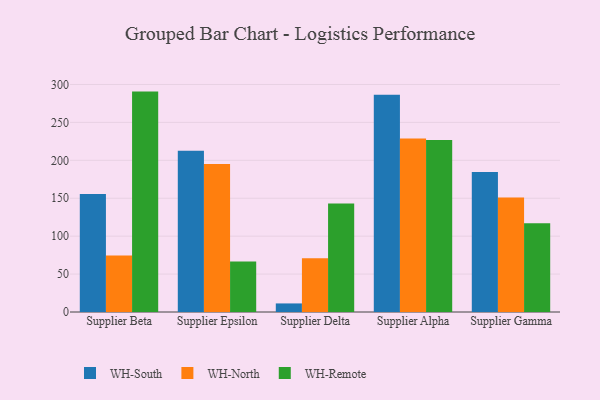
{"axis": {"x": "Supplier", "y": "Active Users"}, "legend": ["WH-North", "WH-Remote", "WH-South"], "data": [{"x": "Supplier Beta", "y": 155.6, "type": "WH-South"}, {"x": "Supplier Beta", "y": 74.5, "type": "WH-North"}, {"x": "Supplier Beta", "y": 290.6, "type": "WH-Remote"}, {"x": "Supplier Epsilon", "y": 212.5, "type": "WH-South"}, {"x": "Supplier Epsilon", "y": 195.1, "type": "WH-North"}, {"x": "Supplier Epsilon", "y": 66.7, "type": "WH-Remote"}, {"x": "Supplier Delta", "y": 11.3, "type": "WH-South"}, {"x": "Supplier Delta", "y": 70.9, "type": "WH-North"}, {"x": "Supplier Delta", "y": 142.9, "type": "WH-Remote"}, {"x": "Supplier Alpha", "y": 286.5, "type": "WH-South"}, {"x": "Supplier Alpha", "y": 228.9, "type": "WH-North"}, {"x": "Supplier Alpha", "y": 226.8, "type": "WH-Remote"}, {"x": "Supplier Gamma", "y": 184.7, "type": "WH-South"}, {"x": "Supplier Gamma", "y": 151.1, "type": "WH-North"}, {"x": "Supplier Gamma", "y": 117.0, "type": "WH-Remote"}]}